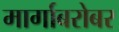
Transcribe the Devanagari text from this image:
मार्गाबरोबर